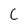
Character: C